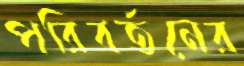
পরিবর্তনের